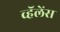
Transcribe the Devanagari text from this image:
व्हॅलेंस